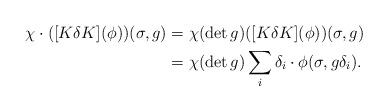
LaTeX: \begin{align*}\chi \cdot ( [K\delta K]( \phi))(\sigma, g)&= \chi(\det g) ([K\delta K](\phi))(\sigma,g) \\&= \chi(\det g) \sum_i \delta_i \cdot \phi(\sigma,g \delta_i).\end{align*}